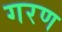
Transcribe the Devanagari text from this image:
गरण